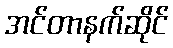
အင်တာနက်ဆိုင်